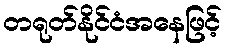
တရုတ်နိုင်ငံအနေဖြင့်